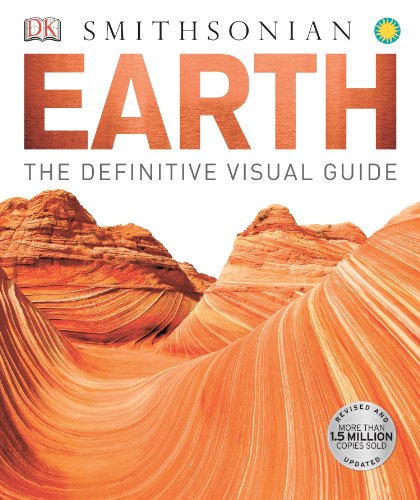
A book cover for Earth (Second Edition); Douglas Palmer; Science & Math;